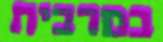
במרבית